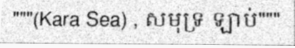
"""(Kara Sea) , សមុទ្រ ឡាប់"""